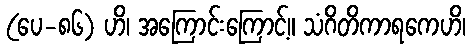
(ပေ-၈၆) ဟိ၊ အကြောင်းကြောင့်။ သံဂိတိကာရကေဟိ၊